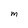
Character: M